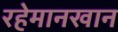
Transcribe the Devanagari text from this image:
रहेमानखान